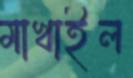
মাখাইল